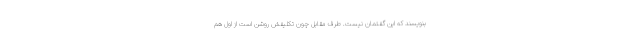
بنویسند که این گفتمان نیست. طرف مقابل چون تکلیفش روشن است از اول هم